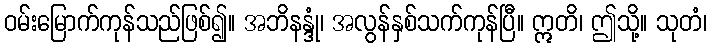
ဝမ်းမြောက်ကုန်သည်ဖြစ်၍။ အဘိနန္ဒုံ၊ အလွန်နှစ်သက်ကုန်ပြီ။ ဣတိ၊ ဤသို့။ သုတံ၊